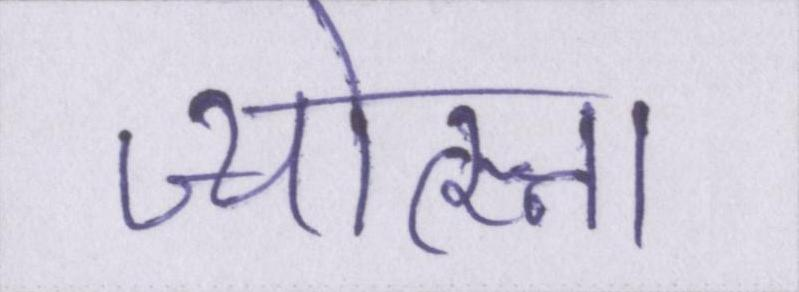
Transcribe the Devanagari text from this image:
ज्योत्स्ना